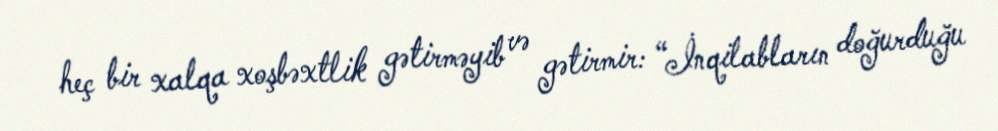
heç bir xalqa xoşbəxtlik gətirməyib və gətirmir: “İnqilabların doğurduğu